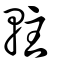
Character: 軴